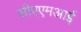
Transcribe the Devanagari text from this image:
सीएएमआई